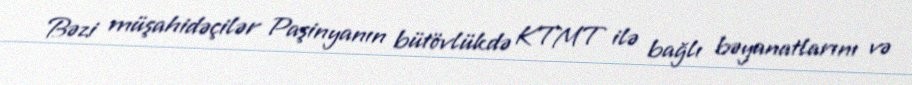
Bəzi müşahidəçilər Paşinyanın bütövlükdə KTMT ilə bağlı bəyanatlarını və